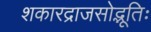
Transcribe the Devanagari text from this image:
शकारद्राजसोद्भूतिः